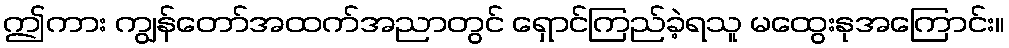
ဤကား ကျွန်တော်အထက်အညာတွင် ရှောင်ကြည်ခဲ့ရသူ မထွေးနုအကြောင်း။